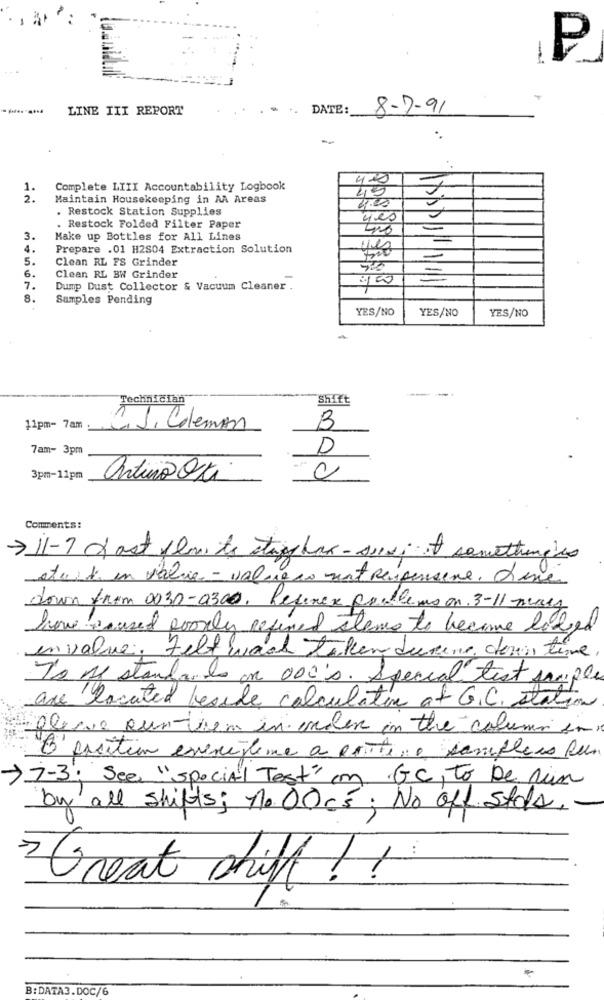
P
-
LINE III REPORT
.. DATE:
8-7-91
-
420
1.
Complete LIII Accountability Logbook
2 .
Maintain Housekeeping in AA Areas
45
. Restock Station Supplies
2.20
yes
. Restock Folded Filter Paper
3.
Make up Bottles for All Lines
4.
Prepare .01 H2S04 Extraction Solution
ves
300
Clean RL FS Grinder
6.
Clean RL BW Grinder
7.
Dump Dust Collector & Vacuum Cleaner .
8.
Samples Pending
YES/NO
YES/NO
YES/NO
Technician
Shift
11pm- 7am
1. Coleman
3
7am- 3pm
D
3pm-11pm
artio Oti
0
Comments:
->11-7 cast flow to stupp har- suivi if something's
atuit en value - value co vent Respensene. d'une
down from 0030-0300, Recenex problems on. 3-11 mars
have caused poorly refined stems to become lodged
envalue. Felt wach taken during down time.
To As standa Is on 000's. Special test samples
are located beside calculation of G.C. station
"Dlewe our them in under in the column ini
"D'exsition exercistime a evite: a samplees lu
>7-3. See "special Test" con GC, to De Rim
by all shifts; no. 00cs: No off Stols.
Great shiff ! !
B:DATA3.DOC/6